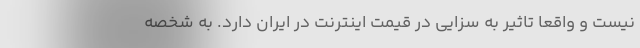
نیست و واقعا تاثیر به سزایی در قیمت اینترنت در ایران دارد. به شخصه